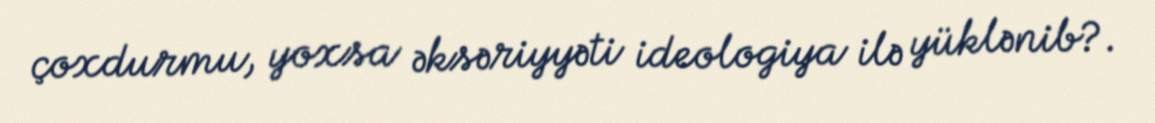
çoxdurmu, yoxsa əksəriyyəti ideologiya ilə yüklənib?.